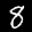
Label: 8